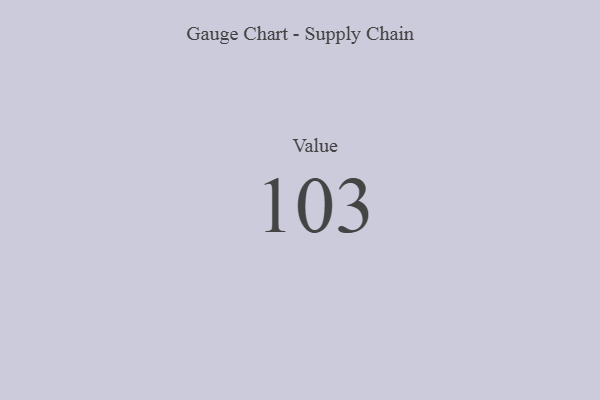
{"axis": {"x": "Metric", "y": "Value"}, "legend": [""], "data": [{"x": "Value", "y": 103, "type": ""}]}